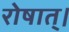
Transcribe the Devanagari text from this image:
रोषात्।